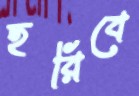
হরিবে